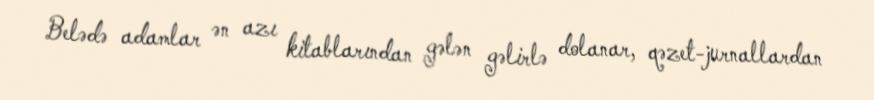
Belədə adamlar ən azı kitablarından gələn gəlirlə dolanar, qəzet-jurnallardan